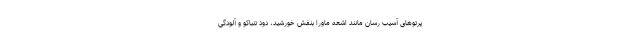
پرتوهای آسیب رسان مانند اشعه ماورا بنفش خورشید، دود تنباکو و آلودگی